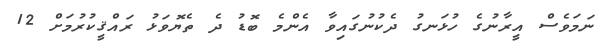
ނަމަވެސް އީރާނުގެ ހުޅަނގު ދެކުނުގައިވާ އެންމެ ބޮޑު ދެ ތެޔޮވަޅު ރައްޤީކުރުމަށް 12